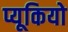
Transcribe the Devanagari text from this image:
प्यूकियो